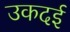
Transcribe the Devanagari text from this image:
उकदई